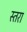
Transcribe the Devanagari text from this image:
स्तरा